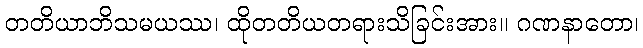
တတိယာဘိသမယဿ၊ ထိုတတိယတရားသိခြင်းအား။ ဂဏနာတော၊